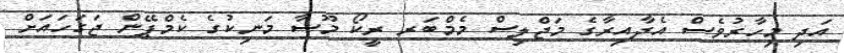
އަދި މިހާރުވެސް އެދާއިރާގެ މަޖްލިސް މެމްބަރ ރީކޯ މޫސާ މަނިކުގެ ކެމްޕޭން ޖަގަހައަށް